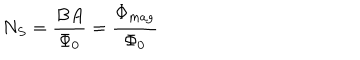
N _ { S } = { \frac { B A } { \Phi _ { 0 } } } = { \frac { \Phi _ { m a g } } { \Phi _ { 0 } } }